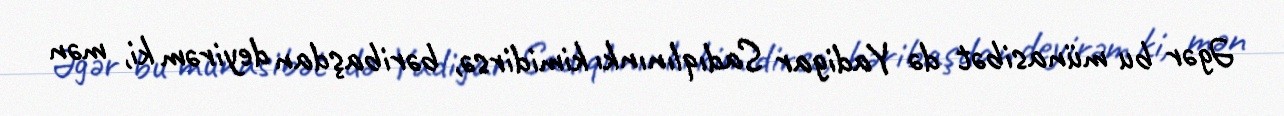
Əgər bu münasibət də Yadigar Sadıqlınınkı kimidirsə, bəribaşdan deyirəm ki, mən